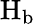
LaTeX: \operatorname{H}_{\mathrm{b}}